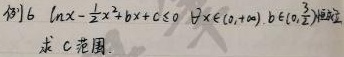
例6 $\ln x - \frac{1}{2}x^{2}+bx + c \leq 0,\forall x \in (0,+\infty), b \in (0,\frac{3}{2}]$恒成立，求$c$范围.